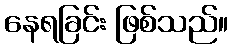
နေရခြင်း ဖြစ်သည်။